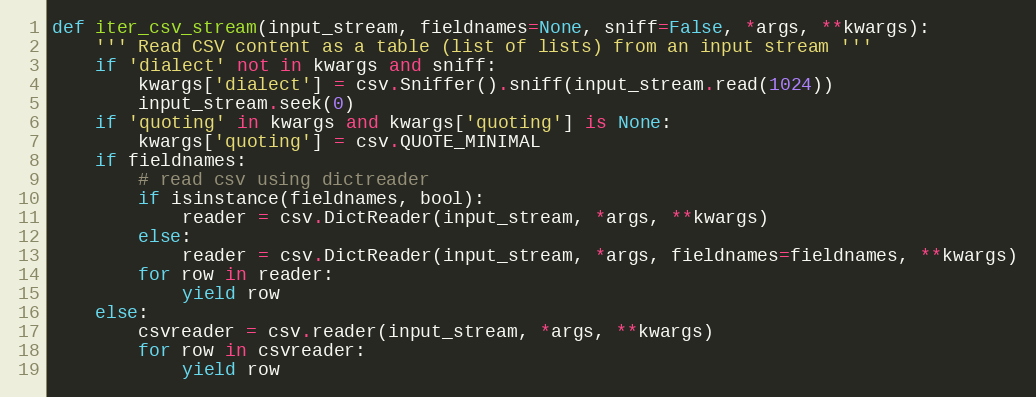
Language: Python
def iter_csv_stream(input_stream, fieldnames=None, sniff=False, *args, **kwargs):
    ''' Read CSV content as a table (list of lists) from an input stream '''
    if 'dialect' not in kwargs and sniff:
        kwargs['dialect'] = csv.Sniffer().sniff(input_stream.read(1024))
        input_stream.seek(0)
    if 'quoting' in kwargs and kwargs['quoting'] is None:
        kwargs['quoting'] = csv.QUOTE_MINIMAL
    if fieldnames:
        # read csv using dictreader
        if isinstance(fieldnames, bool):
            reader = csv.DictReader(input_stream, *args, **kwargs)
        else:
            reader = csv.DictReader(input_stream, *args, fieldnames=fieldnames, **kwargs)
        for row in reader:
            yield row
    else:
        csvreader = csv.reader(input_stream, *args, **kwargs)
        for row in csvreader:
            yield row